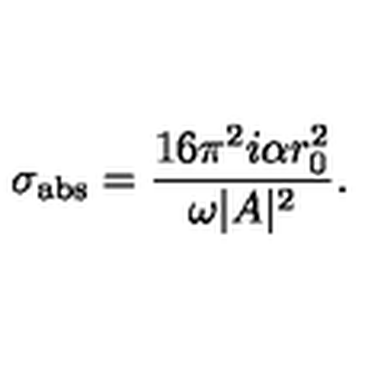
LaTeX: \sigma _ { \mathrm { a b s } } = { \frac { 1 6 \pi ^ { 2 } i \alpha r _ { 0 } ^ { 2 } } { \omega | A | ^ { 2 } } } .